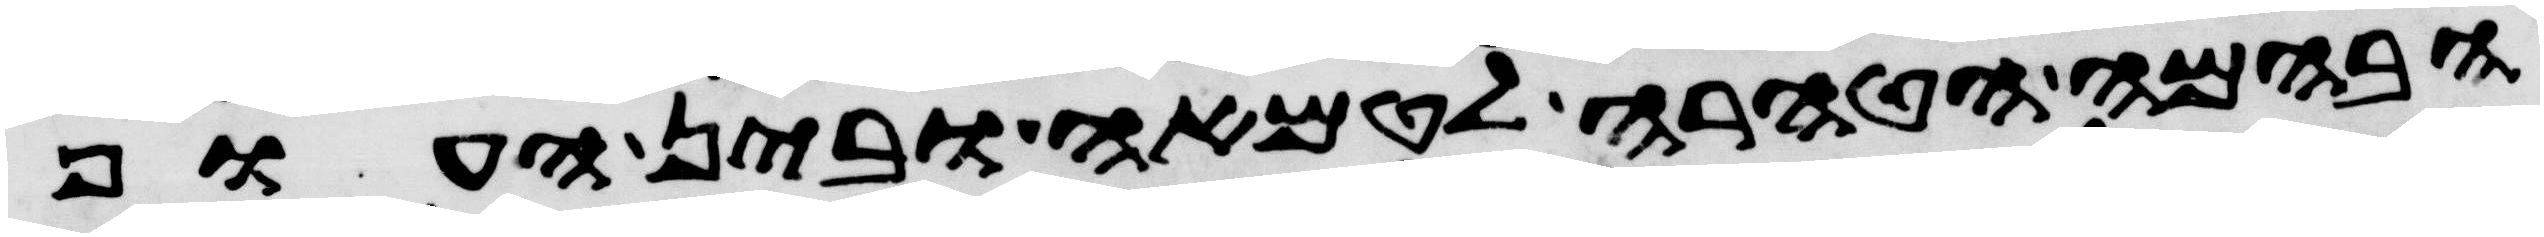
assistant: הבהמה הטהרה לטמאה ובין העוף